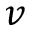
v